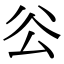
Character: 𠫥